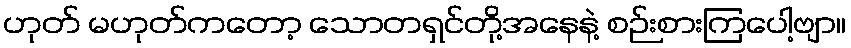
ဟုတ် မဟုတ်ကတော့ သောတရှင်တို့အနေနဲ့ စဉ်းစားကြပေါ့ဗျာ။